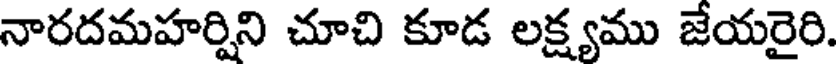
నారదమహర్షిని చూచి కూడ లక్ష్యము జేయరైరి.